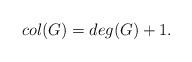
LaTeX: \begin{align*}col(G)=deg(G)+1. \end{align*}